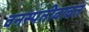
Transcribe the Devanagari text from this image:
वनस्पतीबाबत